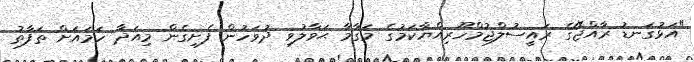
"އަޅުގަނޑު ރާއްޖޭގެ ރައީސުލްޖުމްހޫރިއްޔާކަމުގެ މަގާމާ ޙަވާލުވި ދުވަހުން ފެށިގެން މިއަދާ ހަމައަށް ތަފާތު